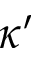
\kappa ^ { \prime }